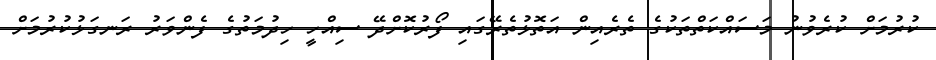
ކުރުމަށް ކުރެވުނު މަސައްކަތްތަކުގެ ތެރެއިން އަތޮޅުތެރޭގައި ފޯރުކޮށްދޭ ސިއްހީ ހިދުމަތުގެ ފެންވަރު ރަނގަޅުކުރުމަށް